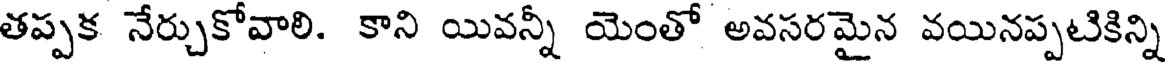
తప్పక నేర్చుకోవాలి. కాని యివన్నీ యెంతో అవసరమైన వయినప్పటికిన్ని